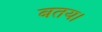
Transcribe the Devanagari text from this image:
बतय।